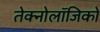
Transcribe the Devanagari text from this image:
तेक्नोलॉजिको